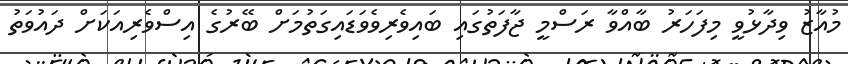
މުއާޒު ވިދާޅުވީ މިފަހަރު ބާއްވާ ރަސްމީ ޖާފަތުގައި ބައިވެރިވެވަޑައިގަތުމަށް ބޭރުގެ އިސްވެރިއަކަށް ދައުވަތު